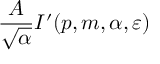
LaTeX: \frac { A } { \sqrt { \alpha } } I ^ { \prime } ( p , m , \alpha , \varepsilon )